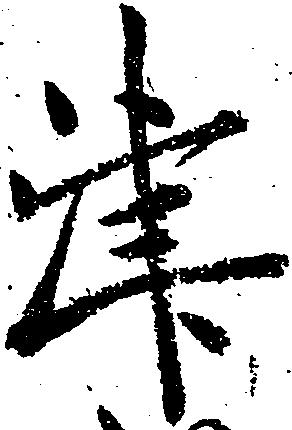
津